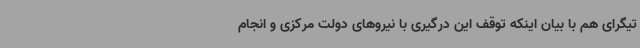
تیگرای هم با بیان اینکه توقف این درگیری با نیروهای دولت مرکزی و انجام